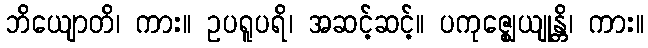
ဘိယျောတိ၊ ကား။ ဥပရူပရိ၊ အဆင့်ဆင့်။ ပကုဇ္ဈေယျုန္တိ၊ ကား။